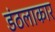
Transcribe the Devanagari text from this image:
डंठलाकार